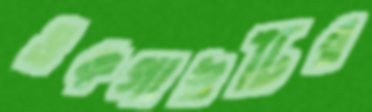
ওকগাছটির